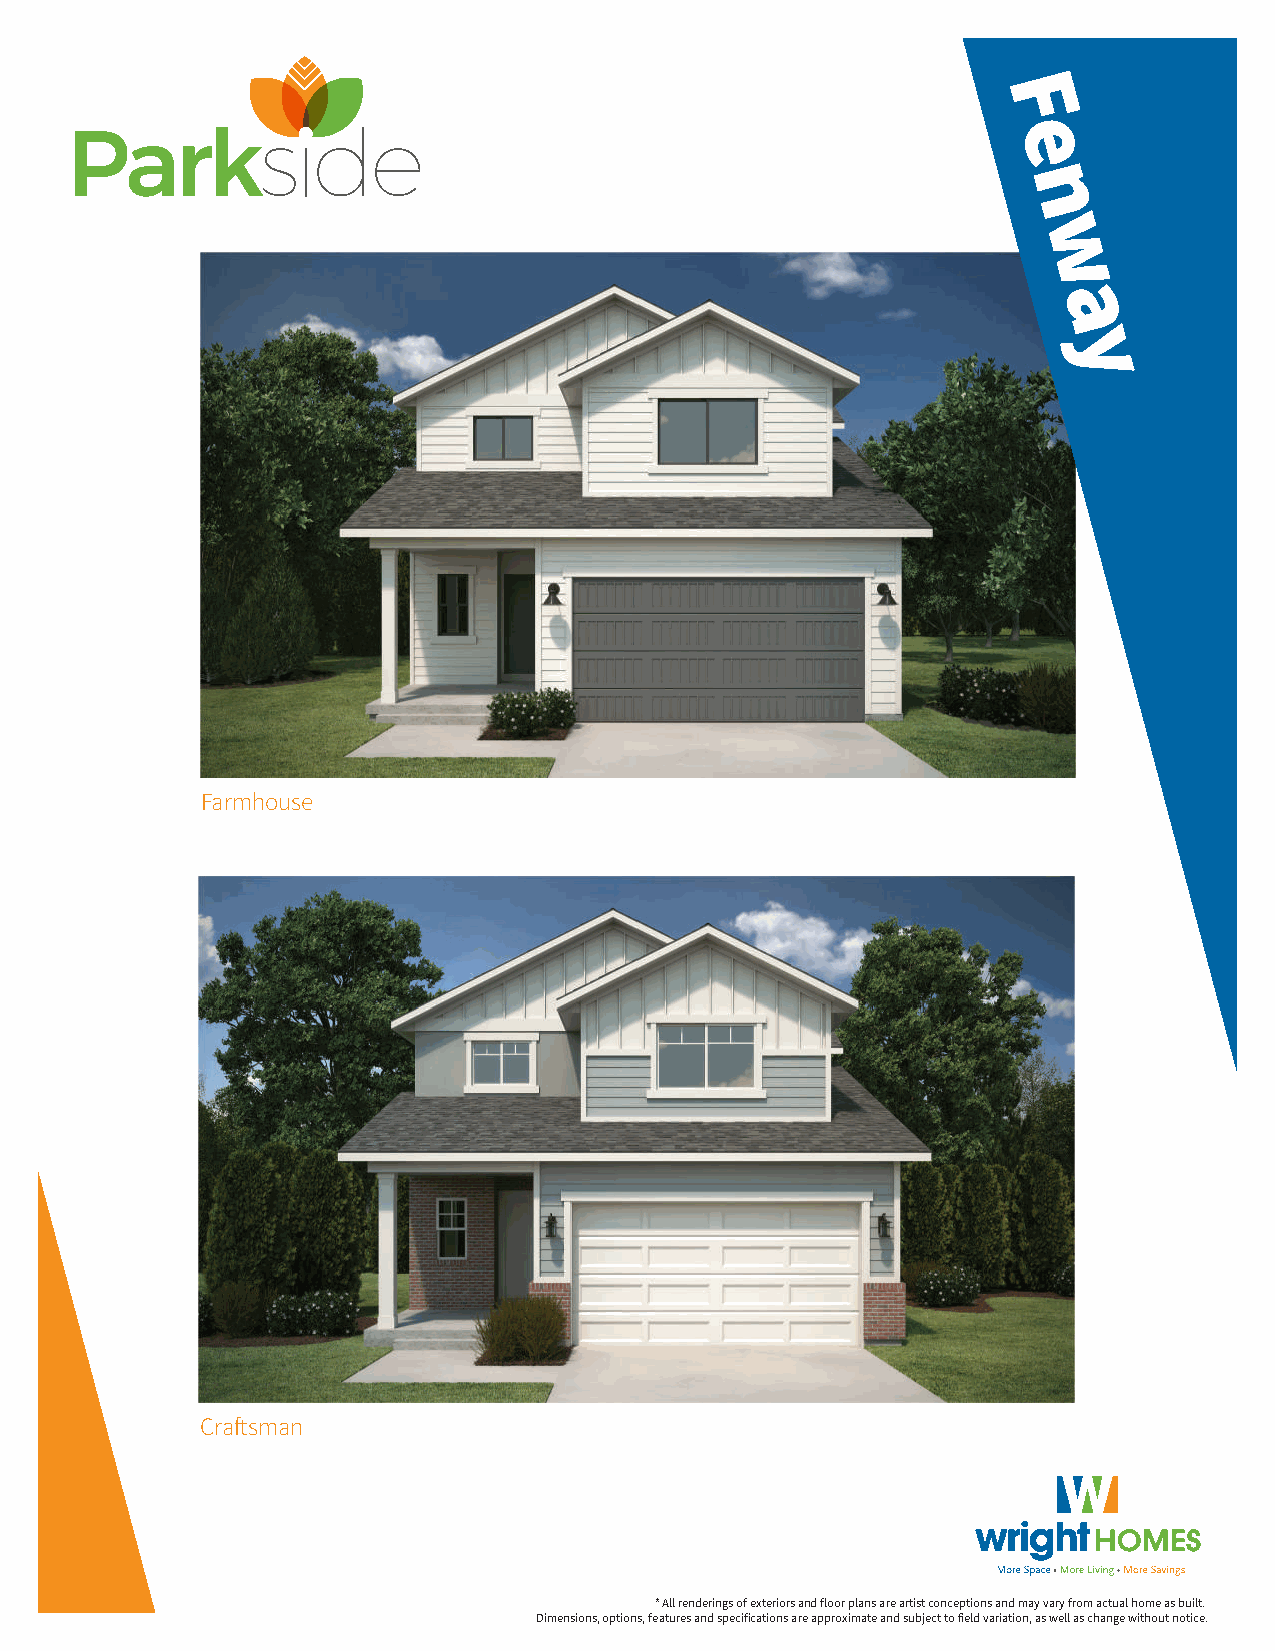
F
 e
 n
 w
 a
 y
 Farmhouse
 Craftsman
 * All renderings of exteriors and floor plans are artist conceptions and may vary from actual home as built.
 Dimensions, options, features and specifications are approximate and subject to field variation, as well as change without notice.